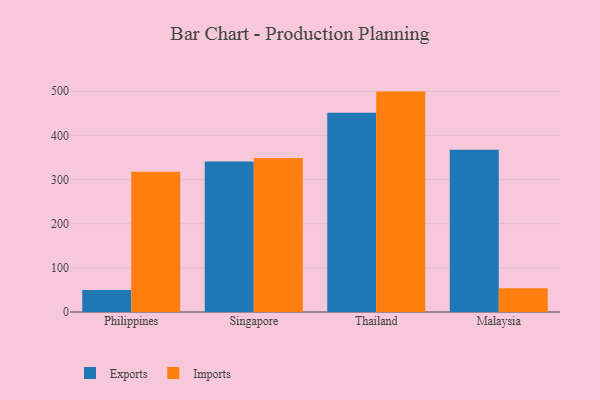
{"axis": {"x": "Country", "y": "Gross Profit (USD K)"}, "legend": ["Exports", "Imports"], "data": [{"x": "Philippines", "y": 49.7, "type": "Exports"}, {"x": "Philippines", "y": 317.8, "type": "Imports"}, {"x": "Singapore", "y": 341.1, "type": "Exports"}, {"x": "Singapore", "y": 348.8, "type": "Imports"}, {"x": "Thailand", "y": 451.3, "type": "Exports"}, {"x": "Thailand", "y": 499.3, "type": "Imports"}, {"x": "Malaysia", "y": 367.6, "type": "Exports"}, {"x": "Malaysia", "y": 54.0, "type": "Imports"}]}